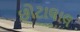
છોટાલાલ